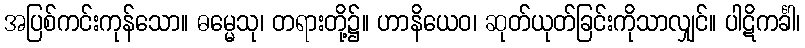
အပြစ်ကင်းကုန်သော။ ဓမ္မေသု၊ တရားတို့၌။ ဟာနိယေဝ၊ ဆုတ်ယုတ်ခြင်းကိုသာလျှင်။ ပါဋိကင်္ခါ၊